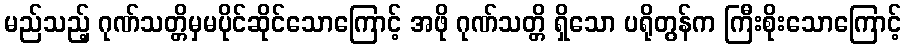
မည်သည့် ဂုဏ်သတ္တိမှမပိုင်ဆိုင်သောကြောင့် အဖို ဂုဏ်သတ္တိ ရှိသော ပရိုတွန်က ကြီးစိုးသောကြောင့်